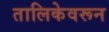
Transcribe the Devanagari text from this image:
तालिकेवरून